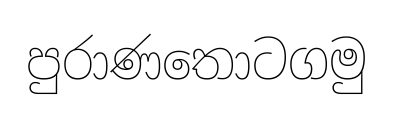
පුරාණතොටගමු